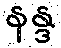
နန္ဒ